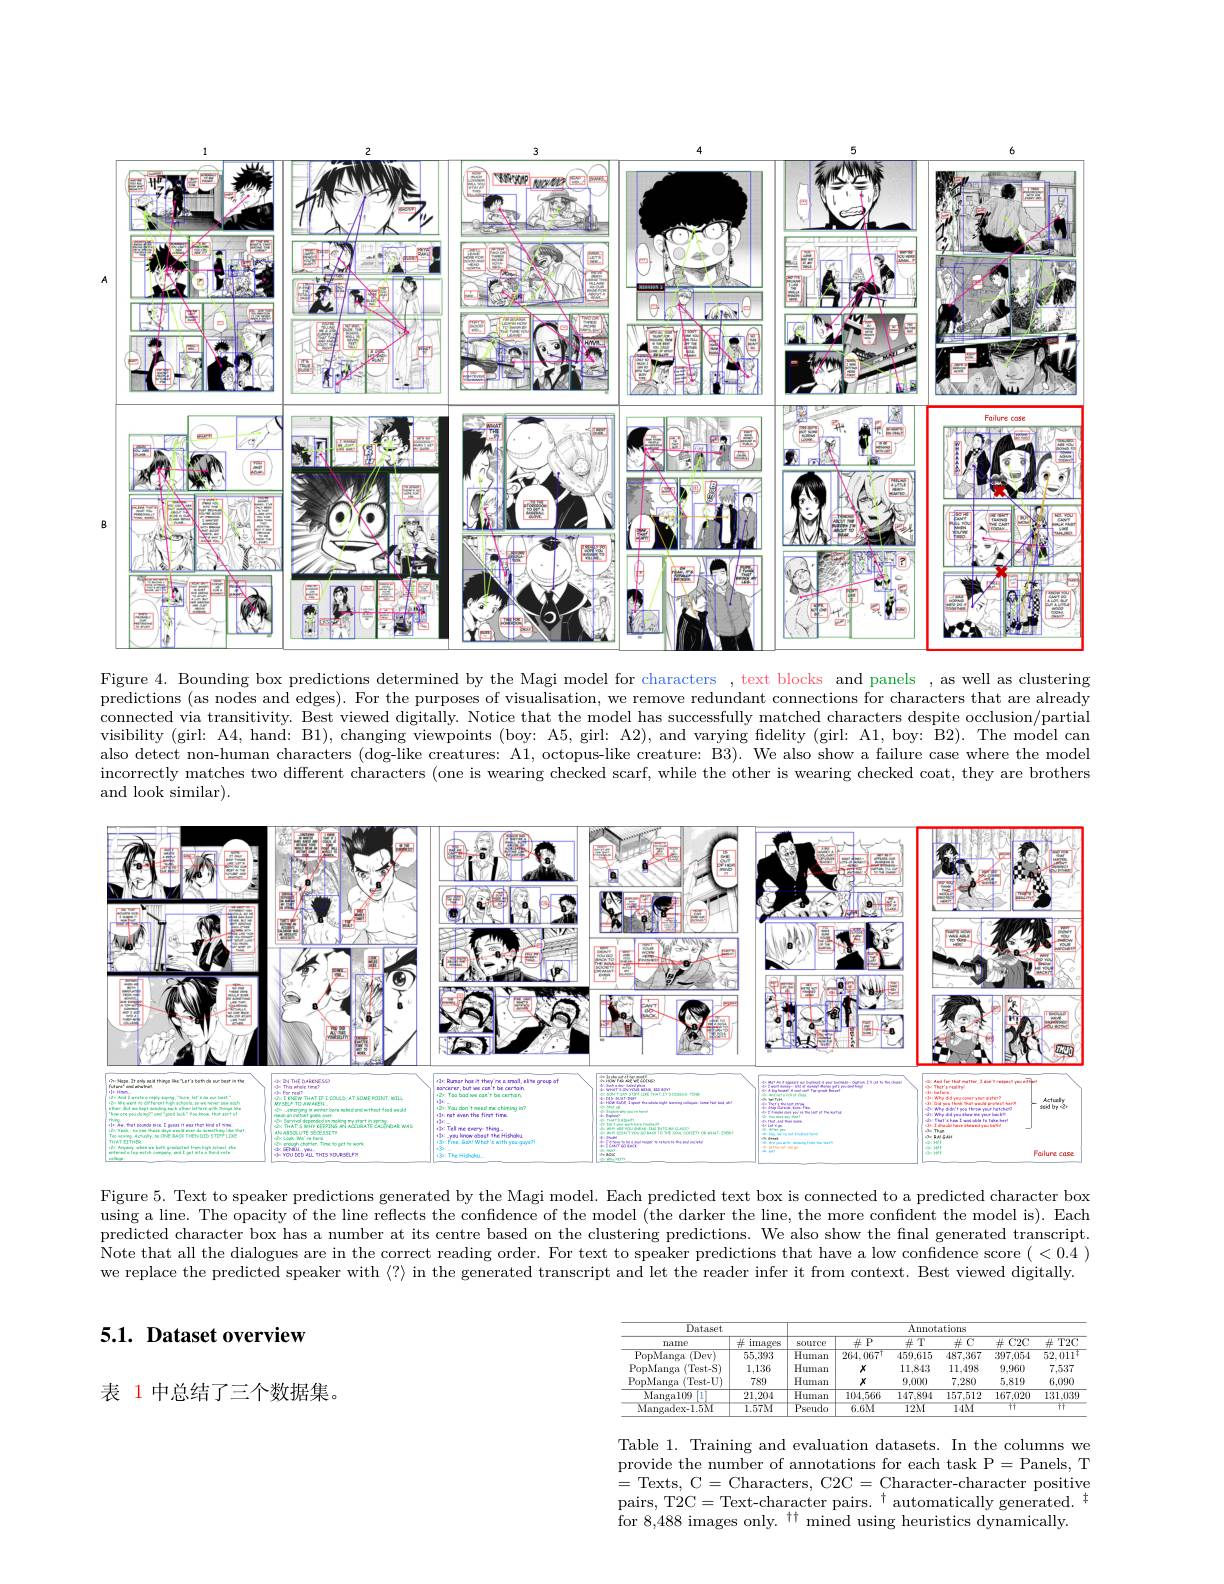
<FigureHere>

Figure 4. Bounding box predictions determined by the Magi model for characters , text blocks and panels , as well as clustering predictions (as nodes and edges). For the purposes of visualisation, we remove redundant connections for characters that are already connected via transitivity. Best viewed digitally. Notice that the model has successfully matched characters despite occlusion/partial visibility (girl: A4, hand: B1), changing viewpoints (boy: A5, girl: A2), and varying fidelity (girl: A1, boy: B2). The model can also detect non-human characters (dog-like creatures: A1, octopus-like creature: B3). We also show a failure case where the model incorrectly matches two different characters (one is wearing checked scarf, while the other is wearing checked coat, they are brothers and look similar)

<FigureHere>

Figure 5. Text to speaker predictions generated by the Magi model. Each predicted text box is connected to a predicted character box using a line. The opacity of the line reflects the confidence of the model (the darker the line, the more confident the model is). Each predicted character box has a number at its centre based on the clustering predictions. We also show the final generated transcript Note that all the dialogues are in the correct reading order. For text to speaker predictions that have a low confidence score (<0.4) we replace the predicted speaker with $\langle?\rangle$ in the generated transcript and let the reader infer it from context. Best viewed digitally

## 5.1. Dataset overview

<table>
	<tbody>
		<tr>
			<th>name</th>
			<th>$\pm$ images</th>
			<th>source</th>
			<th>$\#\overline{\mathrm{P}}$</th>
			<th>$\overline{\#T}$</th>
			<th>$\#C$</th>
			<th>井 $\div C2C$</th>
			<th>$\overline{\text{T2C}}$</th>
		</tr>
		<tr>
			<td>PopManga (Dev)</td>
			<td>55,393</td>
			<td>$\overline{Human}$</td>
			<td>$264,067^{\dagger}$</td>
			<td>459.615</td>
			<td>487.367</td>
			<td>397.054</td>
			<td>52,011</td>
		</tr>
		<tr>
			<td>PopManga $\langle$Test- S$\rangle$</td>
			<td>1,136</td>
			<td>Human</td>
			<td>$X$</td>
			<td>11.843</td>
			<td>11,498</td>
			<td>9,960</td>
			<td>7.537</td>
		</tr>
		<tr>
			<td>PopManga $\langle$Test- U$\rangle$</td>
			<td>789</td>
			<td>Human</td>
			<td>$X$</td>
			<td>9.000</td>
			<td>7,280</td>
			<td>5,819</td>
			<td>6,090</td>
		</tr>
		<tr>
			<td>Mangal(k) $\left[1\right]$</td>
			<td>21,204</td>
			<td>$\overline{{Human}}$</td>
			<td>104.566</td>
			<td>147.894</td>
			<td>157,512</td>
			<td>167,020</td>
			<td>131,039</td>
		</tr>
		<tr>
			<td>Mangadex-1.5M</td>
			<td>$1.57M$</td>
			<td>$P:$ seudo</td>
			<td>$6.6M$</td>
			<td>$12M$</td>
			<td>$14M$</td>
			<td>$ਸ$</td>
			<td>$ਜ$</td>
		</tr>
	</tbody>
</table>

表 1 中总结了三个数据集。

Table 1. Training and evaluation datasets. In the columns we provide the number of annotations for each task P= Panels, T =Texts, C=Characters, C2C=Character-character positive pairs, T2C=Text-character pairs.$^\dagger$automatically generated.$^{\dagger}$ for 8,488 images only. $^{\dagger\dagger}$ mined using heuristics dynamically